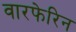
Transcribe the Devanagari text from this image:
वारफेरिन